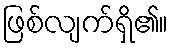
ဖြစ်လျက်ရှိ၏။